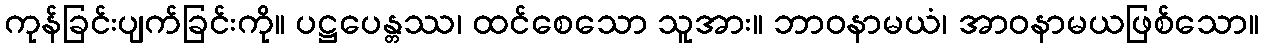
ကုန်ခြင်းပျက်ခြင်းကို။ ပဋ္ဌပေန္တဿ၊ ထင်စေသော သူအား။ ဘာဝနာမယံ၊ အာဝနာမယဖြစ်သော။